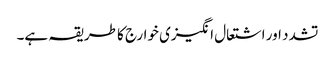
تشدد اور اشتعال انگیزی خوارج کا طریقہ ہے۔